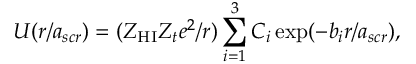
U ( r / a _ { s c r } ) = ( Z _ { \mathrm { H I } } Z _ { t } e ^ { 2 } / r ) \sum _ { i = 1 } ^ { 3 } C _ { i } \exp ( - b _ { i } r / a _ { s c r } ) ,